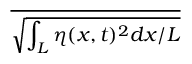
\overline { { \sqrt { \int _ { L } \eta ( x , t ) ^ { 2 } d x / L } } }